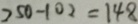
2 5 0 - 1 0 2 = 1 4 8